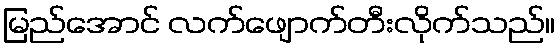
မြည်အောင် လက်ဖျောက်တီးလိုက်သည်။